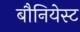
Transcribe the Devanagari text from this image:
बौनियेस्ट